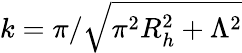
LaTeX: k=\pi/\sqrt{\pi^{2}R_{h}^{2}+\Lambda^{2}}